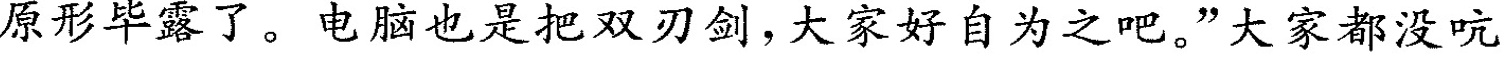
原形毕露了。电脑也是把双刃剑，大家好自为之吧。”大家都没吭